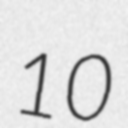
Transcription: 10